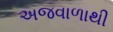
અજવાળાથી